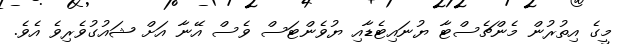
މީގެ އިތުރުން މެންޗެސްޓާ ޔުނައިޓެޑާއި ޔުވެންޓަސް ވެސް އޭނާ އަށް ޝައުގުވެރިވެ އެވެ.